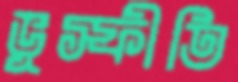
ভূস্ফীতি